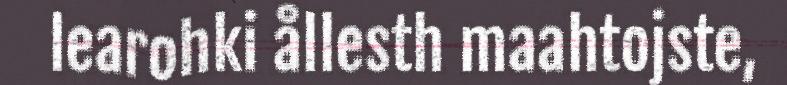
learohki ållesth maahtojste,